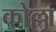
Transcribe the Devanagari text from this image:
कोल्ला